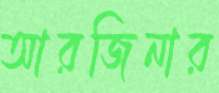
আরজিনার